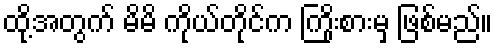
ထို့အတွက် မိမိ ကိုယ်တိုင်က ကြိုးစားမှ ဖြစ်မည်။